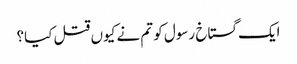
ایک گستاخ رسول کو تم نے کیوں قتل کیا؟